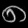
Digit: ၈